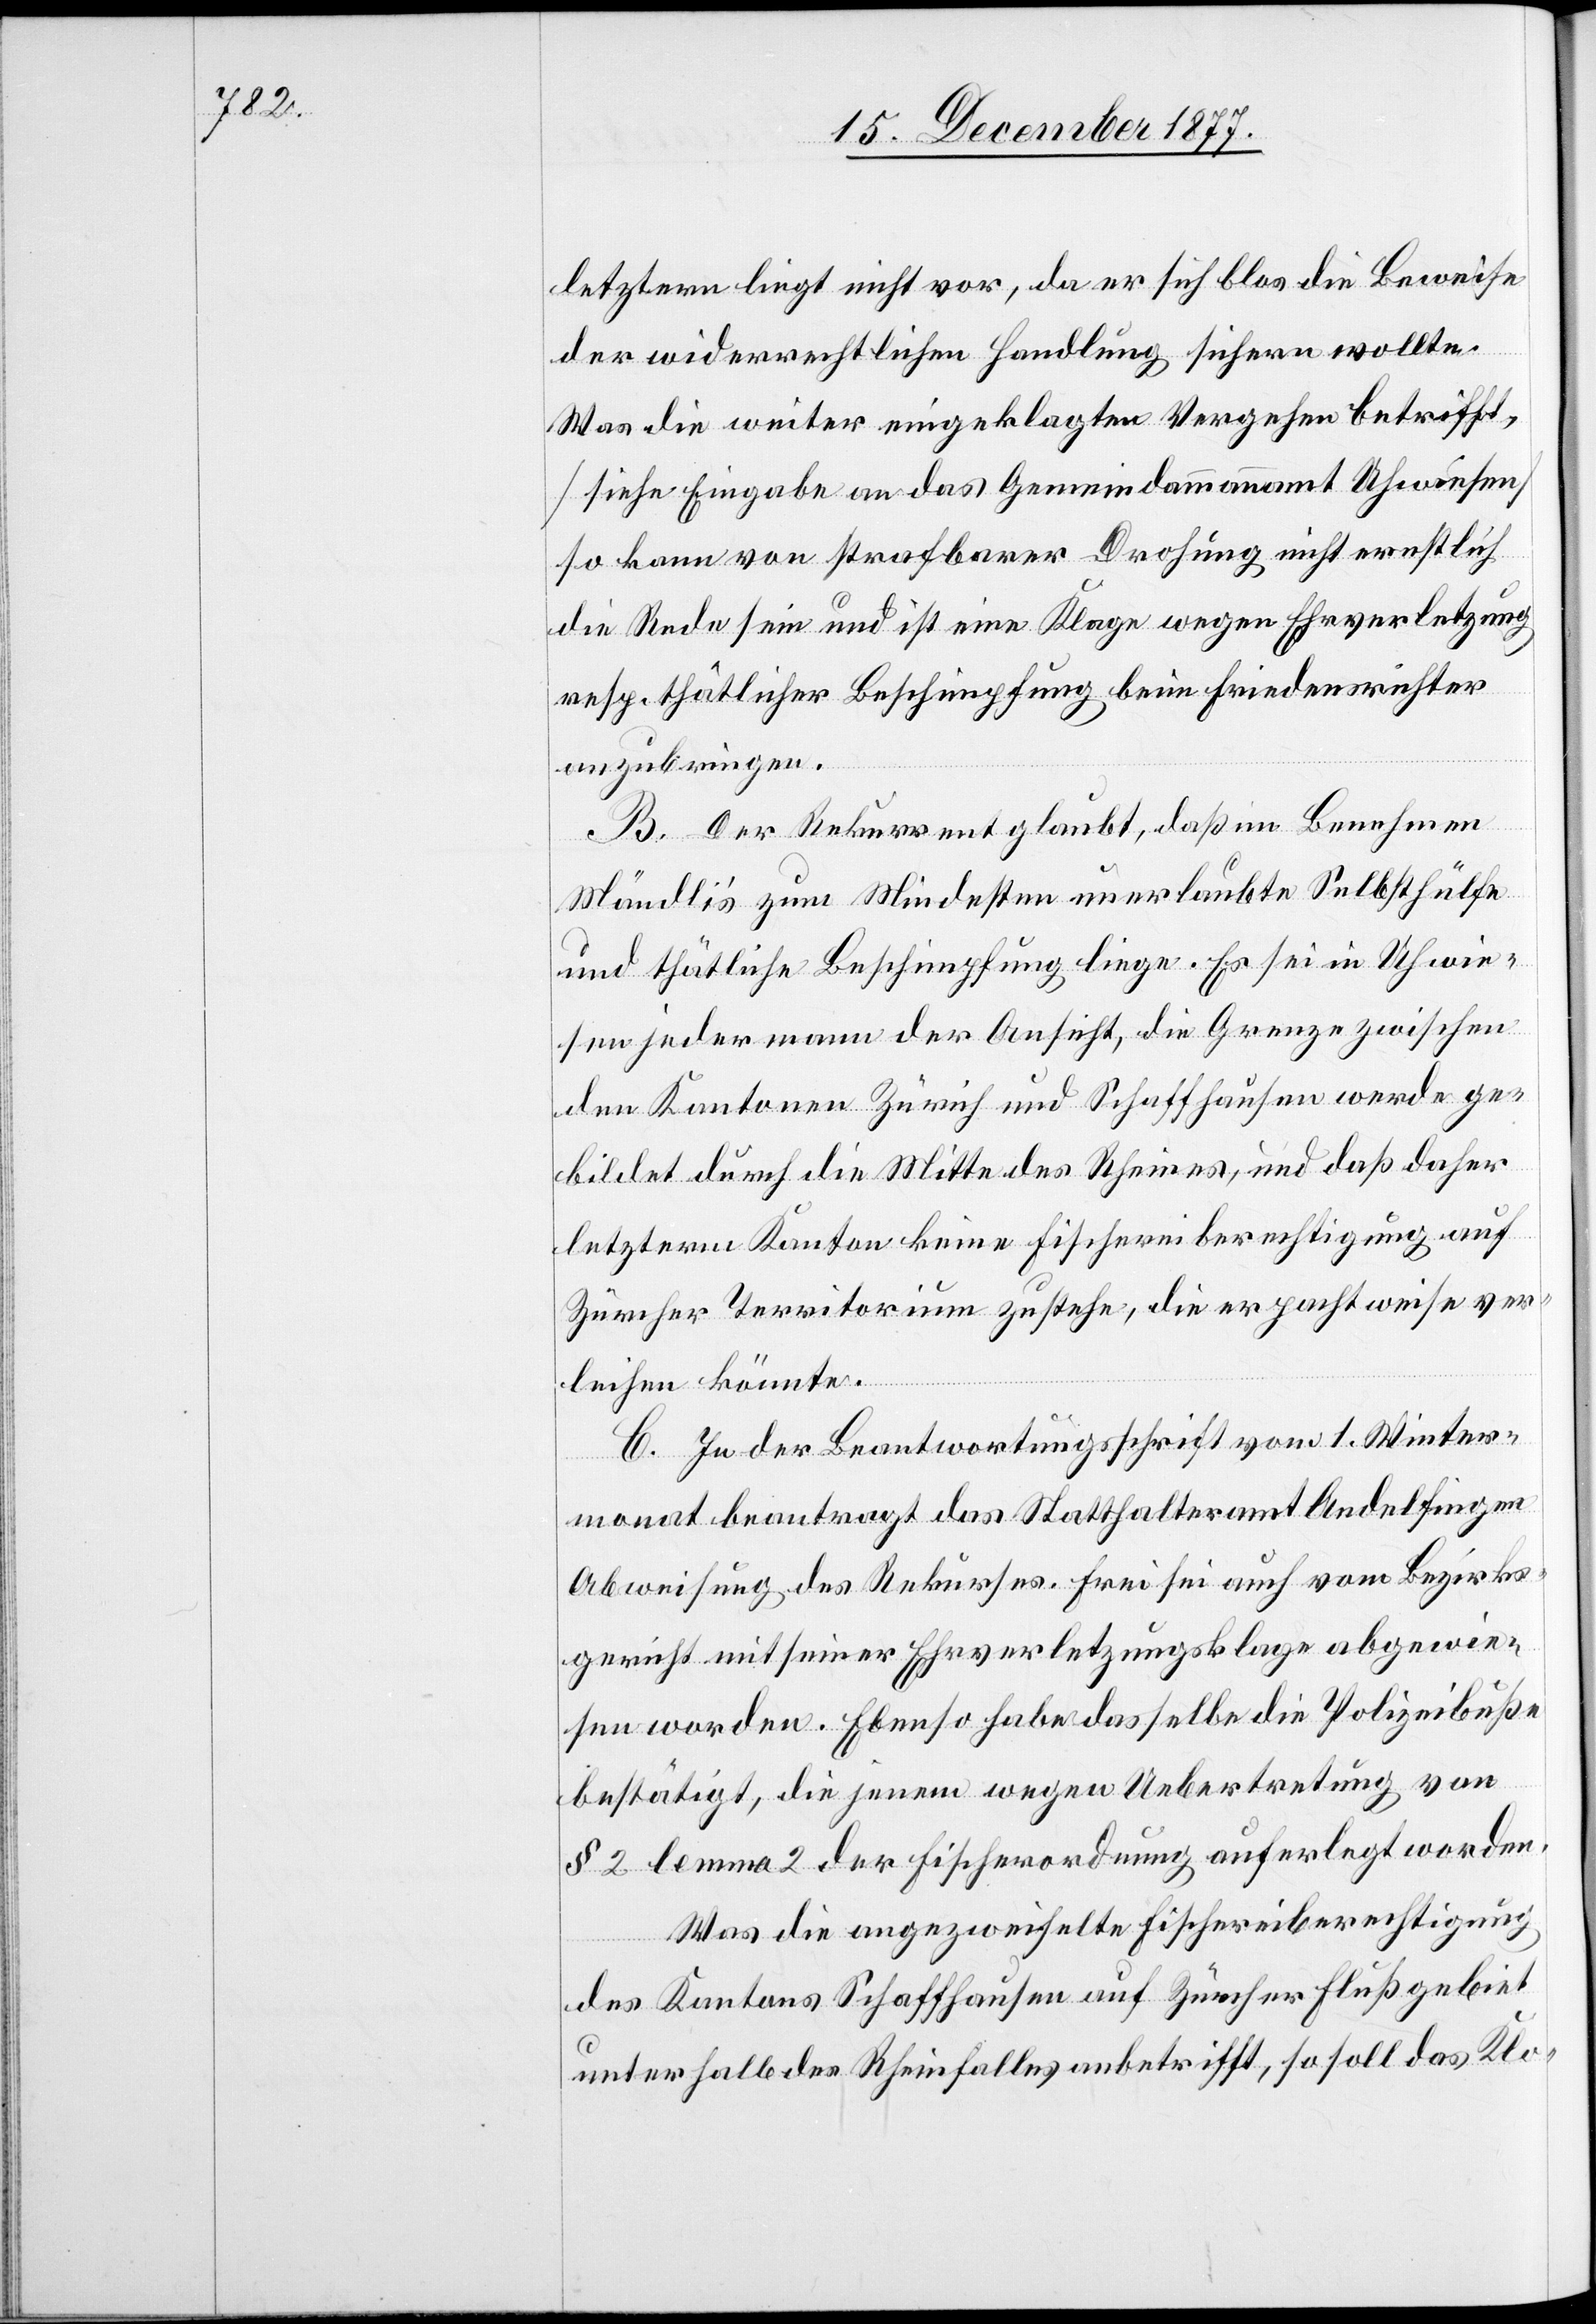
letztern liegt nicht vor, da er sich blos die Beweise
der widerrechtlichen Handlung sichern wollte.
Was die weiter eingeklagten Vergehen betrifft,
[siehe Eingabe an das Gemeindammannamt Uhwiesen]
so kann von strafbarer Drohung nicht ernstlich
die Rede sein und ist eine Klage wegen Ehrverletzung
resp. thätlicher Beschimpfung beim Friedensrichter
anzubringen.
B. Der Rekurrent glaubt, daß im Benehmen
Mändli’s zum Mindesten unerlaubte Selbsthülfe
und thätliche Beschimpfung liege. Es sei in Uhwie¬
sen jedermann der Ansicht, die Grenze zwischen
den Kantonen Zürich und Schaffhausen werde ge¬
bildet durch die Mitte des Rheines, und daß daher
letzterm Kanton keine Fischereiberechtigung auf
Zürcher Territorium zustehe, die er pachtweise ver¬
leihen könnte.
C. In der Beantwortungsschrift vom 1. Winter¬
monat beantragt das Statthalteramt Andelfingen
Abweisung des Rekurses. Frei sei auch vom Bezirks¬
gericht mit seiner Ehrverletzungsklage abgewie¬
sen worden. Ebenso habe dasselbe die Polizeibuße
bestätigt, die jenem wegen Uebertretung von
§ 2 lemma 2 der Fischerordnung auferlegt worden.
Was die angezweifelte Fischereiberechtigung
des Kantons Schaffhausen auf Zürcher Flußgebiet
unterhalb des Rheinfalles anbetrifft, so soll das Klo-